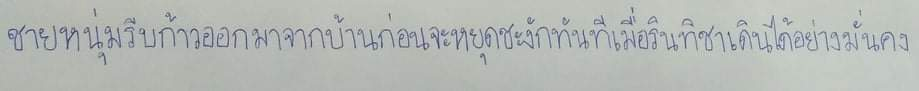
ชายหนุ่มรีบก้าวออกมาจากบ้านก่อนจะหยุดชะงักทันทีเมื่อรินทิชาเดินได้อย่างมั่นคง